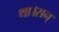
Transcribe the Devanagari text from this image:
था।सन्